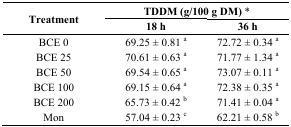
<table><thead><tr><td rowspan="3"><b>Treatment</b></td><td colspan="2"><b>TDDM (g/100 g DM) *</b></td></tr><tr><td><b>18 h</b></td><td><b>36 h</b></td></tr></thead><tbody><tr><td>BCE 0</td><td>69.25 ± 0.81 <sup>a</sup></td><td>72.72 ± 0.34 <sup>a</sup></td></tr><tr><td>BCE 25</td><td>70.61 ± 0.63 <sup>a</sup></td><td>71.77 ± 1.34 <sup>a</sup></td></tr><tr><td>BCE 50</td><td>69.54 ± 0.65 <sup>a</sup></td><td>73.07 ± 0.11 <sup>a</sup></td></tr><tr><td>BCE 100</td><td>69.15 ± 0.64 <sup>a</sup></td><td>72.38 ± 0.35 <sup>a</sup></td></tr><tr><td>BCE 200</td><td>65.73 ± 0.42 <sup>b</sup></td><td>71.41 ± 0.04 <sup>a</sup></td></tr><tr><td>Mon</td><td>57.04 ± 0.23 <sup>c</sup></td><td>62.21 ± 0.58 <sup>b</sup></td></tr></tbody></table>